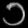
Digit: ၁